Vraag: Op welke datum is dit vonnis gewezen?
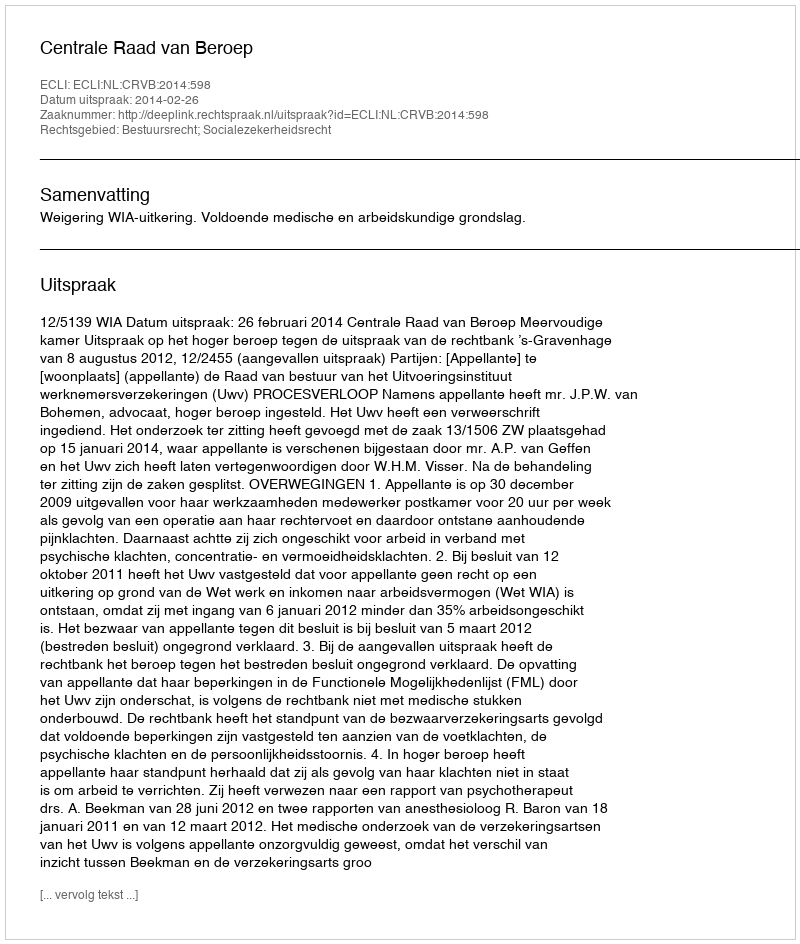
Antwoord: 2014-02-26